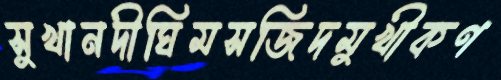
সুখানদীঘিমসজিদমুখীকণ